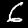
Label: 6